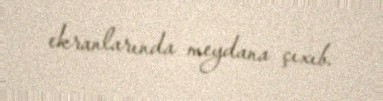
ekranlarında meydana çıxıb.